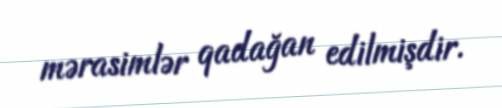
mərasimlər qadağan edilmişdir.